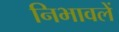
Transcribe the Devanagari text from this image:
निभावलें